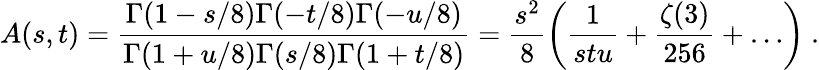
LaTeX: A(s,t)=\frac{\Gamma(1-s/8)\Gamma(-t/8)\Gamma(-u/8)}{\Gamma(1+u/8)\Gamma(s/8)\Gamma(1+t/8)}=\frac{s^{2}}{8}\left(\frac{1}{stu}+\frac{\zeta(3)}{256}+\dots\right)\ .